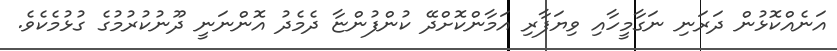
އަނެއްކޮޅުން ދަރަނި ނަގާމީހާއި ވިޔަފާރި އަމާންކޮށްދޭ ކުންފުންޏާ ދެމެދު އޮންނަނީ ދޫނުކުރުމުގެ ގުޅުމެކެވެ.